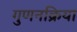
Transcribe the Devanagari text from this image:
गुणनक्रिया